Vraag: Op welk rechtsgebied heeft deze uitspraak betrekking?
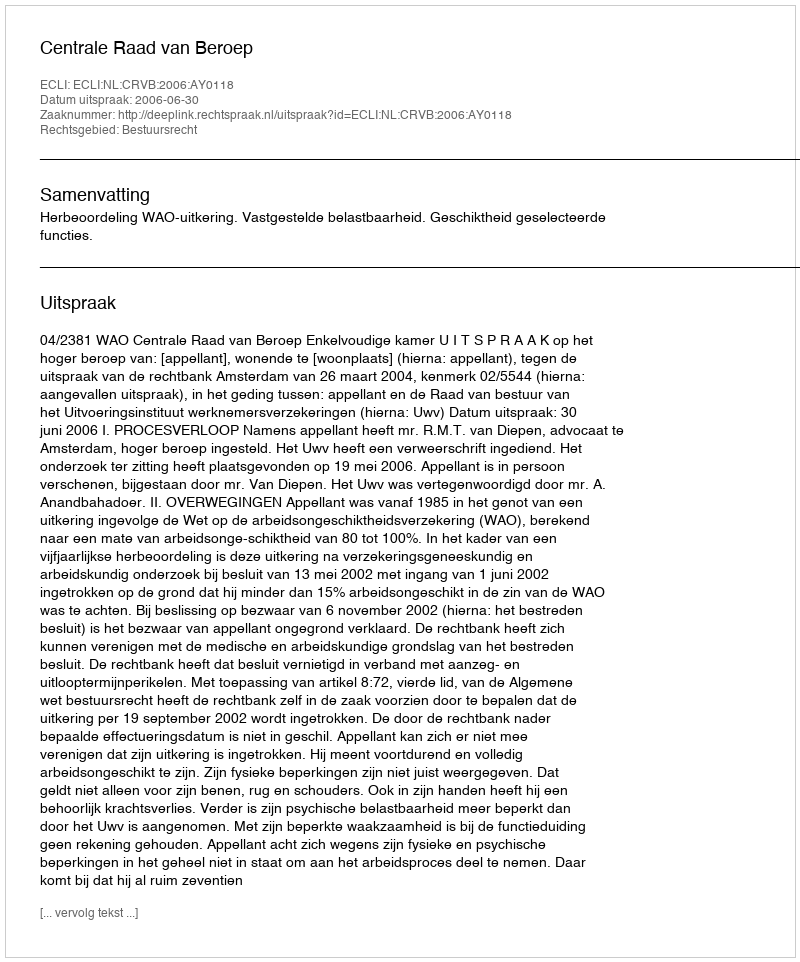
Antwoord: Bestuursrecht